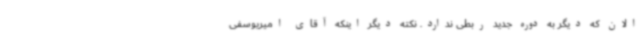
الان که دیگر به دوره جدید ربطی ندارد. نکته دیگر اینکه آقای امیریوسفی